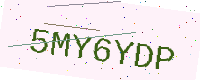
Text: 5MY6YDP